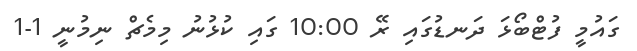
ގައުމީ ފުޓްބޯޅަ ދަނޑުގައި ރޭ 10:00 ގައި ކުޅުނު މިމެޗް ނިމުނީ 1-1